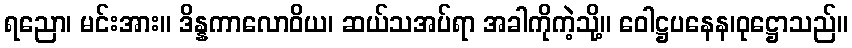
ရညော၊ မင်းအား။ ဒိန္နကာလောဝိယ၊ ဆယ်သအပ်ရာ အခါကိုကဲ့သို့။ ဝေါဋ္ဌပနေန၊ဝုဋ္ဌောသည်။